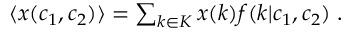
\begin{array} { r } { \langle x ( c _ { 1 } , c _ { 2 } ) \rangle = \sum _ { k \in K } x ( k ) f ( k | c _ { 1 } , c _ { 2 } ) \; . } \end{array}